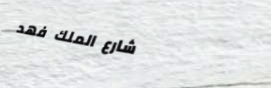
شارع الملك فهد